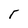
Character: r